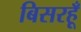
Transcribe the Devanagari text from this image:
बिसरहूँ